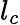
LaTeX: l_{c}